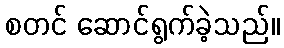
စတင် ဆောင်ရွက်ခဲ့သည်။